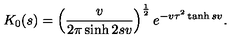
K _ { 0 } ( s ) = \left( \frac { v } { 2 \pi \sinh 2 s v } \right) ^ { \frac 1 2 } e ^ { - v \tau ^ { 2 } \tanh s v } .